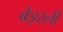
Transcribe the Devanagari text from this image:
ब्रेइरली